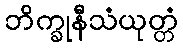
ဘိက္ခုနီသံယုတ္တံ